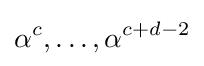
\alpha ^{c},\ldots ,\alpha ^{c+d-2}